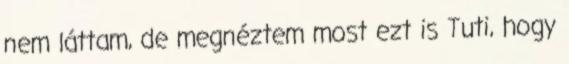
nem láttam, de megnéztem most ezt is Tuti, hogy